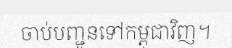
ចាប់បញ្ជូនទៅកម្ពុជាវិញ។